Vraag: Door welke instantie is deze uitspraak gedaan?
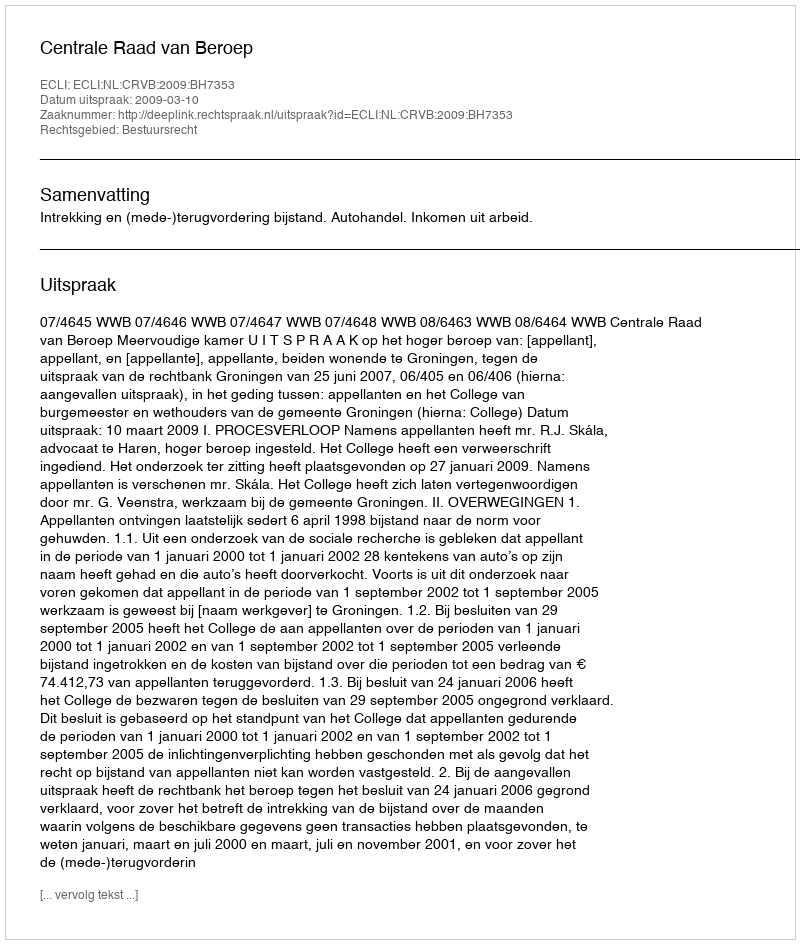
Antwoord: Centrale Raad van Beroep